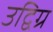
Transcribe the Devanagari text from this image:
उद्विग्र